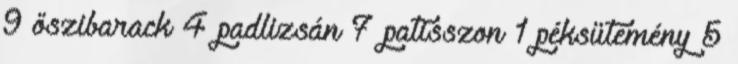
9 őszibarack 4 padlizsán 7 patisszon 1 péksütemény 5